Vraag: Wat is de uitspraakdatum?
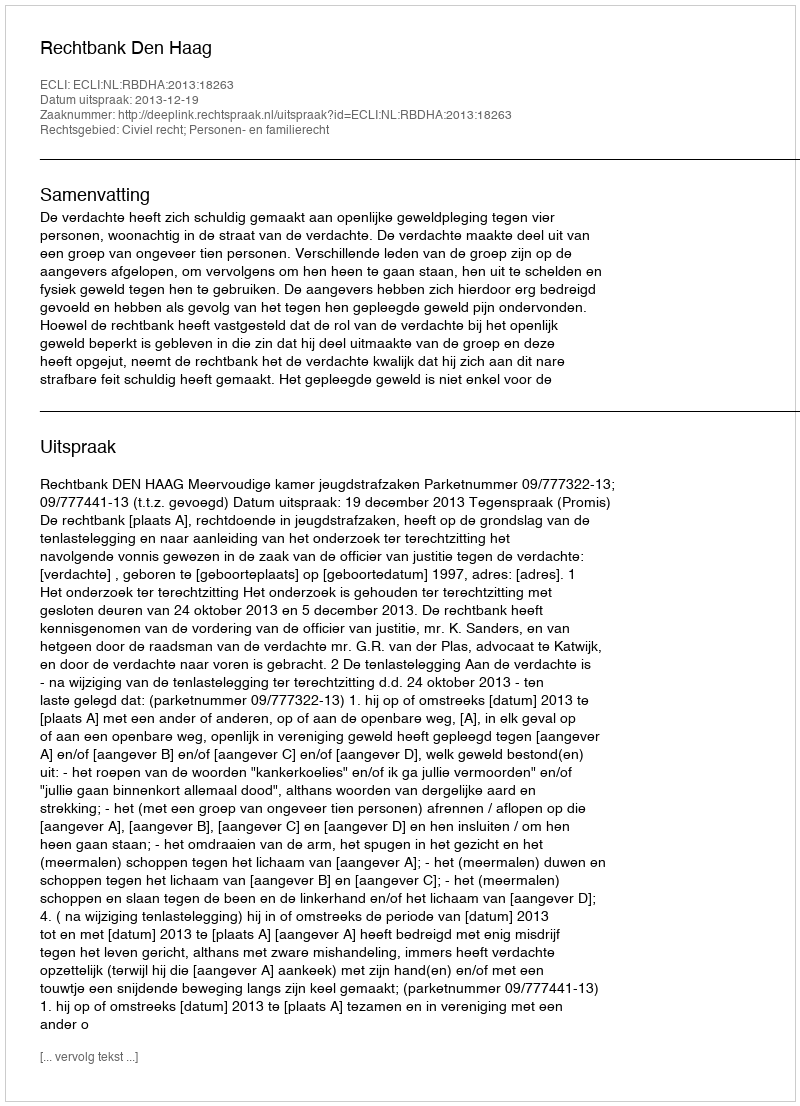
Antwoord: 2013-12-19